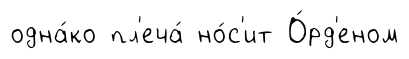
одна́ко пл'еча́ но́с'ит О́рд'еном